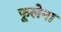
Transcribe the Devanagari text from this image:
फूलेना